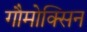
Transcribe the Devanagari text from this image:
गौमोक्सिन